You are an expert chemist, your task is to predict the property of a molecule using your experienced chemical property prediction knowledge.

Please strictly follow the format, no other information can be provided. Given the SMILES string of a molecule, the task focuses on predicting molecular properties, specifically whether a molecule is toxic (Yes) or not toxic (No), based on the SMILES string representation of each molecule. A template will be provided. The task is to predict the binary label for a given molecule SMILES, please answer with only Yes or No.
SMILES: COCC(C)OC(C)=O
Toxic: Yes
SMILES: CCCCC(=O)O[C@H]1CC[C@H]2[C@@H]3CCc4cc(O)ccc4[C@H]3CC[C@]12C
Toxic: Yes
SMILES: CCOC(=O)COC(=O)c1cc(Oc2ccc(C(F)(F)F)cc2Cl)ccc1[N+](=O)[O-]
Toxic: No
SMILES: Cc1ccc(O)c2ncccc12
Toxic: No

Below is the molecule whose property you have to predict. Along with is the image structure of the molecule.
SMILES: OC[C@H](O)[C@@H](O)[C@H](O[C@@H]1O[C@H](CO)[C@H](O)[C@H](O)[C@H]1O)[C@H](O)CO
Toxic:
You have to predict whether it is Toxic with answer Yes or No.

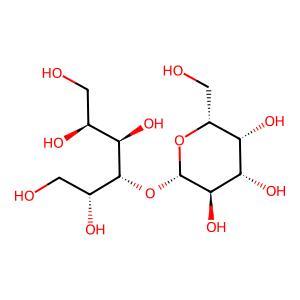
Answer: No